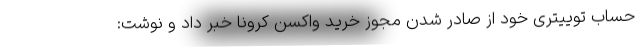
حساب توییتری خود از صادر شدن مجوز خرید واکسن کرونا خبر داد و نوشت: